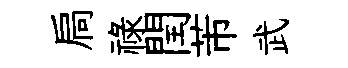
扃禄閏芾武